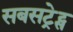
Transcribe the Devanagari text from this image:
सबसट्रेट्स